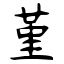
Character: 堇